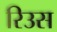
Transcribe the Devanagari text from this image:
रिउस